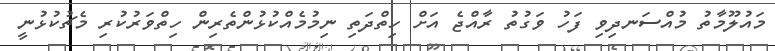
މައުލޫމާތު މުއްސަނދިވި ފަހު ވަގުތު ރާއްޖެ އަށް ހިތްދަތި ނިމުމެއްކުޅުންތެރިން ހިތްވަރުކުރި މެޗުކުޅުނީ